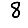
Digit: 8